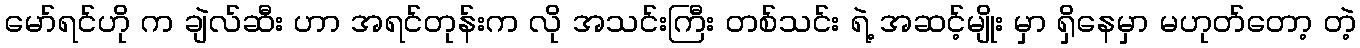
မော်ရင်ဟို က ချဲလ်ဆီး ဟာ အရင်တုန်းက လို အသင်းကြီး တစ်သင်း ရဲ့ အဆင့်မျိုး မှာ ရှိနေမှာ မဟုတ်တော့ တဲ့